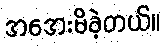
အအေးမိခဲ့တယ်။